Bréfritari: Eiríkur Eiríksson
Viðtakandi: Jón Borgfirðings Jónsson
Dagsetning: A-1858-05-20
Skrifað á: Ásmundarstöðum  N-Þing.
Óvíst

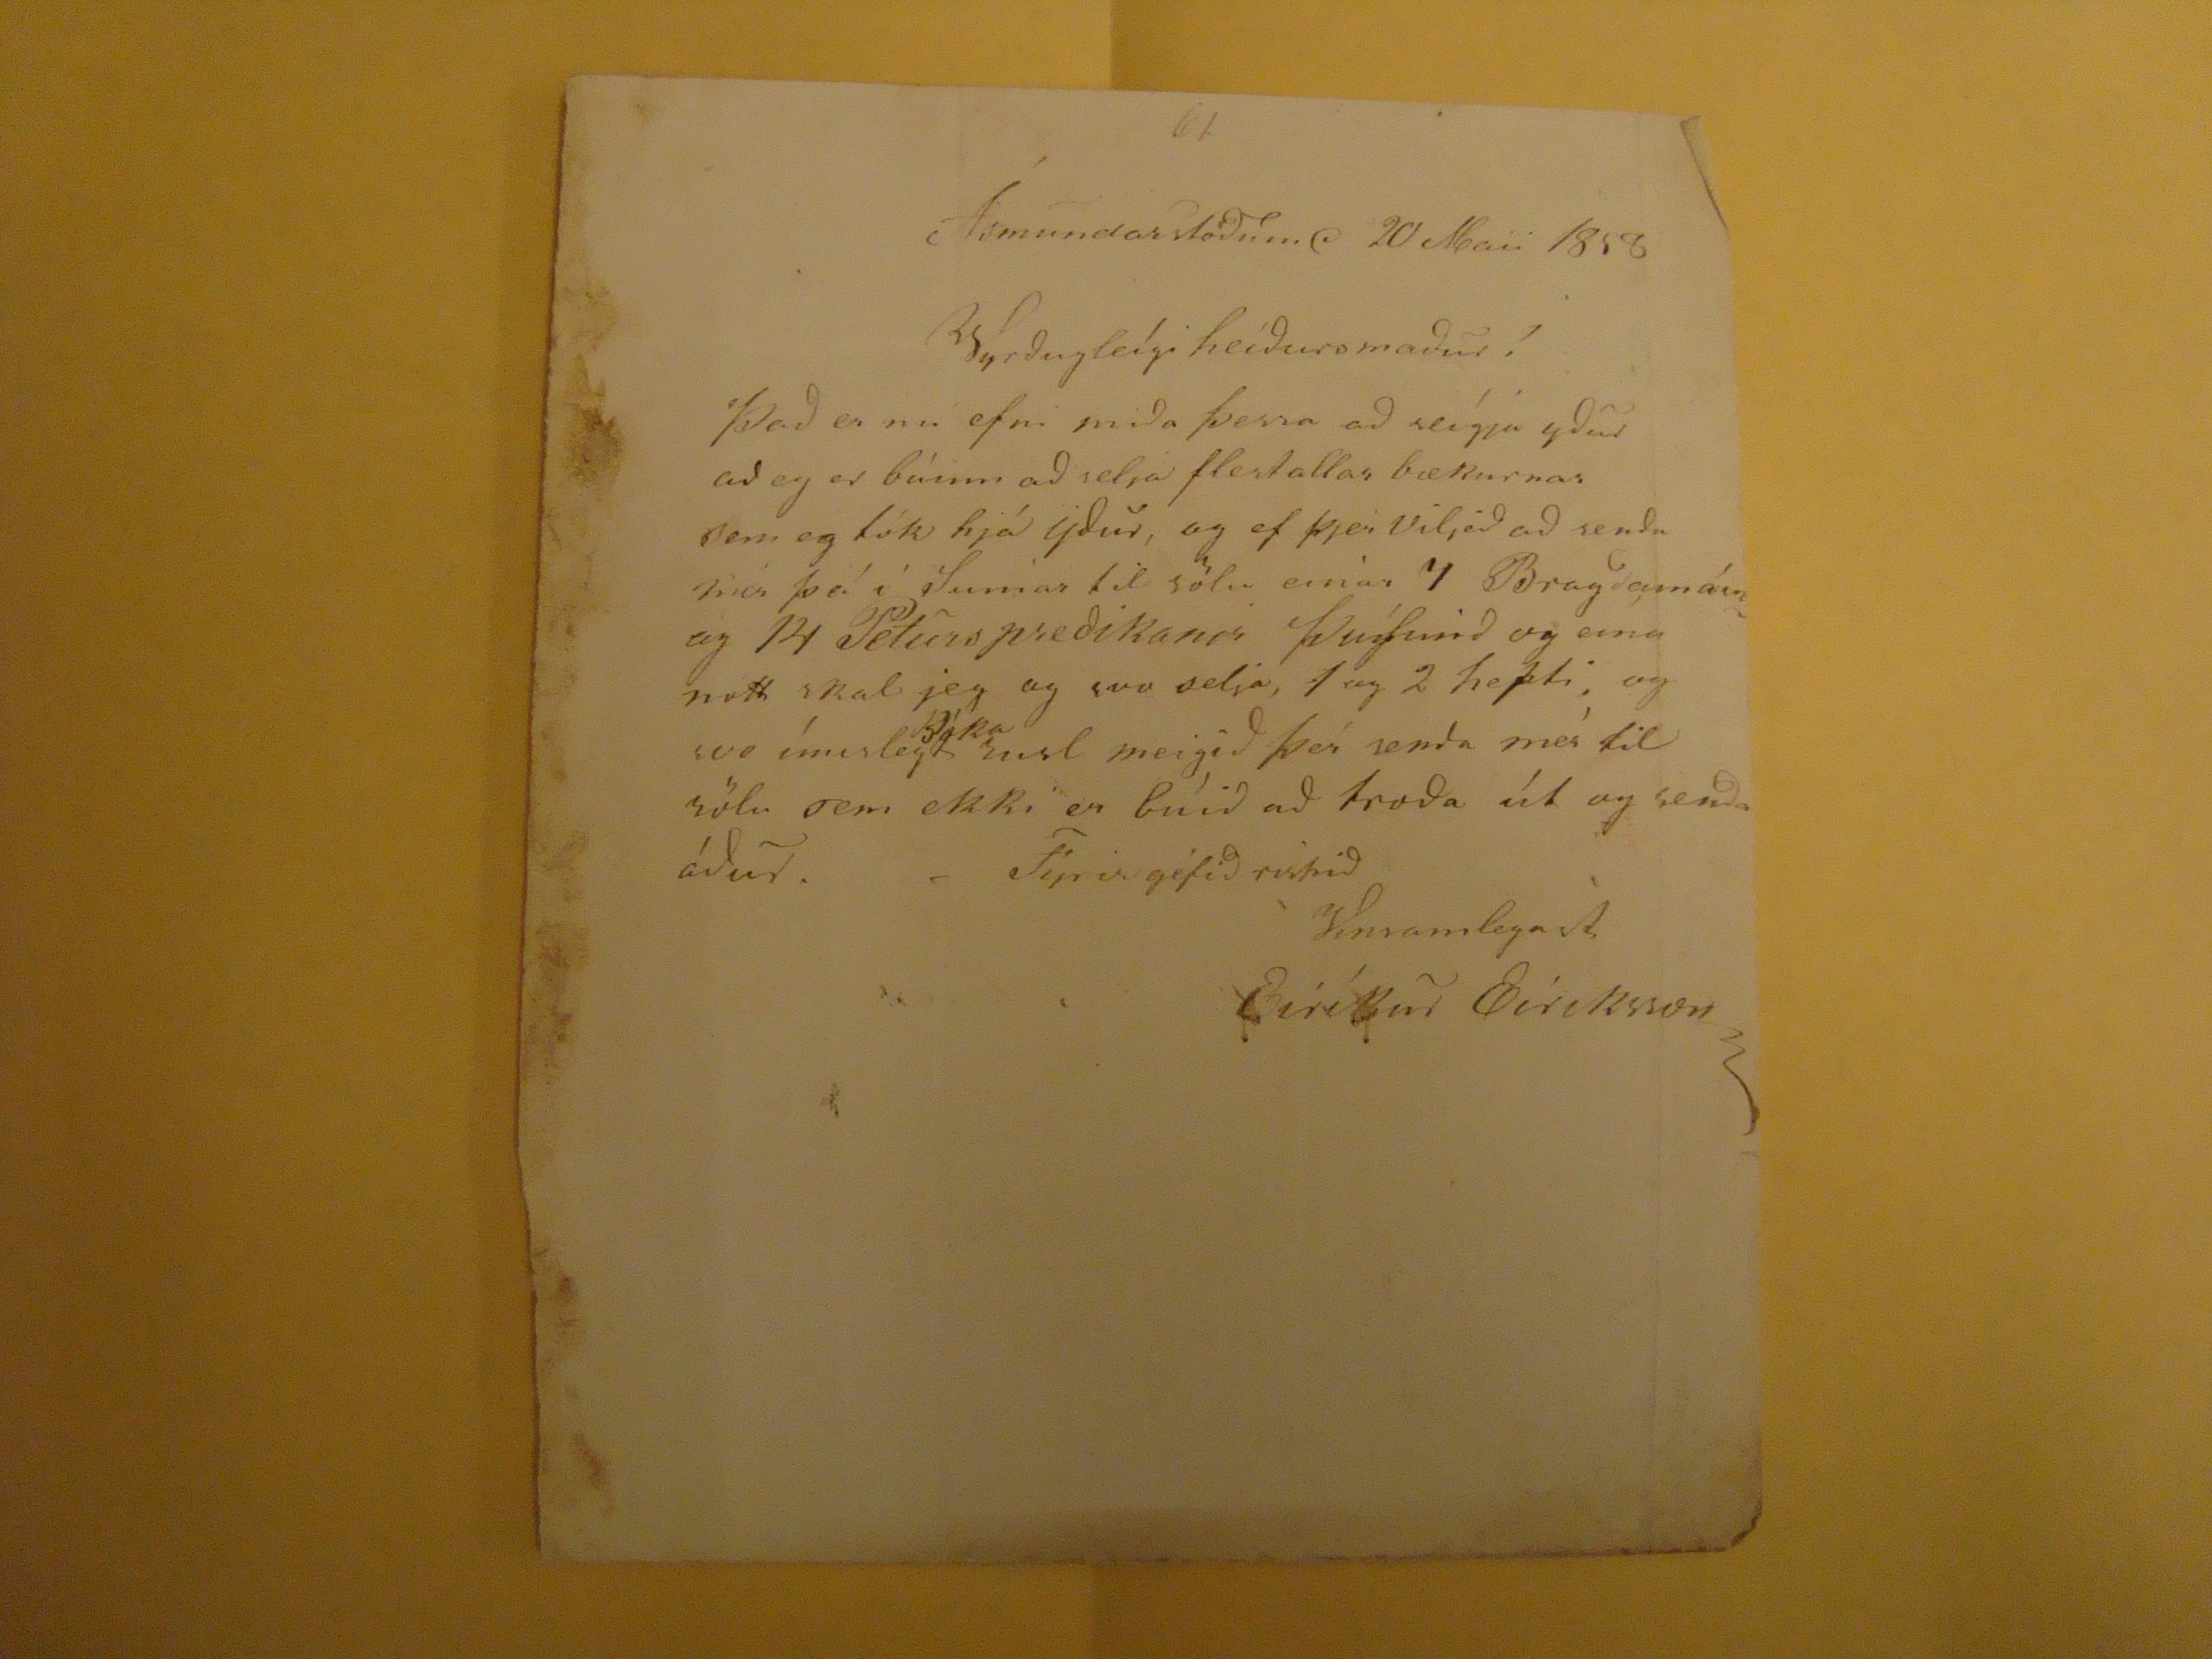

Ásmundarstöðum d 20 Maii 1858
Vyrðugleígi heiðursmaður!
Það er nú efni miða þessa að seígja yður að eg er búinn að selja flestallar bækurnar sem eg tók hjá yður, og ef þjer viljið að senda mér þá í Sumar til sölu einar 7
Bragdamáinag
14 Peturspredikanir
Þúsund og eina nótt
skal jeg og svo selja, 1 og 2 hepti, og svo ímislegt
Bóka
rusl meigið þér senda mér til sölu sem ekki er búið að troða út og senda áður. Fyrirgéfið rispið
Eiríkur Eiriksson